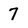
Character: 7